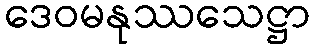
ဒေဝမနုဿသေဋ္ဌာ